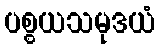
ပစ္စယသမုဒယံ